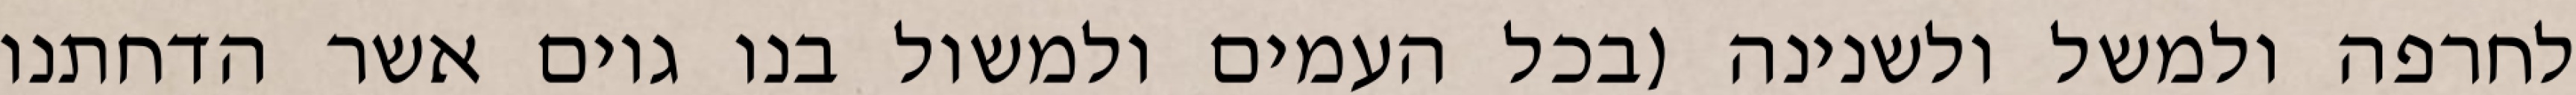
לחרפה ולמשל ולשנינה (בכל העמים ולמשול בנו גוים אשר הדחתנו